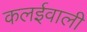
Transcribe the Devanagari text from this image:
कलईवाली